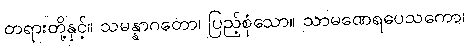
တရားတို့နှင့်။ သမန္နာဂတော၊ ပြည့်စုံသော။ သာမဏေရပေသကော၊